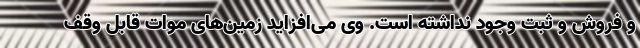
و فروش و ثبت وجود نداشته است. وی می‌افزاید زمین‌های موات قابل وقف